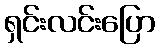
ရှင်းလင်းပြော